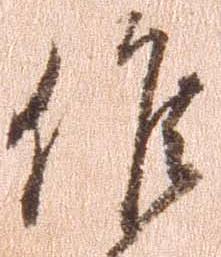
候